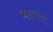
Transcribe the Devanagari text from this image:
घारगांव